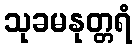
သုခမနုတ္တရံ